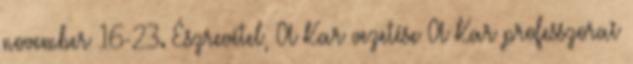
november 16-23. Észrevétel, A Kar vezetése A Kar professzorai